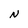
Character: N